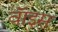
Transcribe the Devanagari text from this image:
वाॅइस